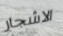
الاشجار